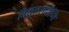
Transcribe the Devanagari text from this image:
विद्युतसंदीप्ति